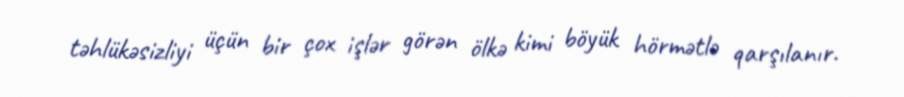
təhlükəsizliyi üçün bir çox işlər görən ölkə kimi böyük hörmətlə qarşılanır.